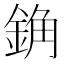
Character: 𰼰